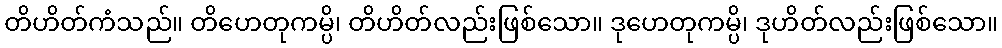
တိဟိတ်ကံသည်။ တိဟေတုကမ္ပိ၊ တိဟိတ်လည်းဖြစ်သော။ ဒုဟေတုကမ္ပိ၊ ဒုဟိတ်လည်းဖြစ်သော။